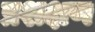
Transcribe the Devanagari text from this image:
प्रशक्षण